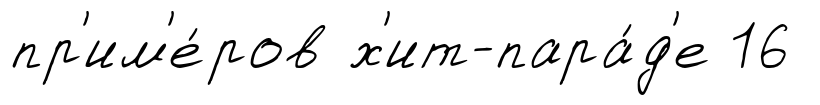
пр'им'е́ров х'ит-пара́д'е 16